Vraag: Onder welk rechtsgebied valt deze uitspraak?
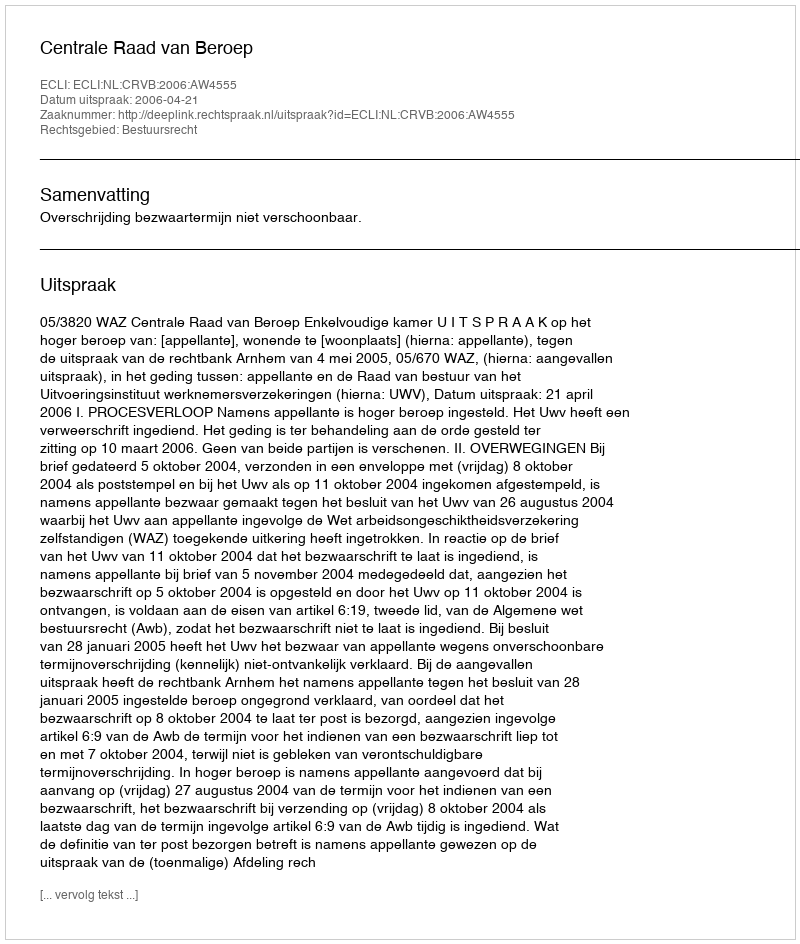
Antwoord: Bestuursrecht